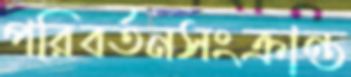
পরিবর্তনসংক্রান্ত